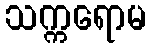
သက္ကရောမ